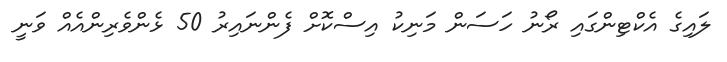
ލައިގެ އެކްޓިންގައި ރޯނު ހަސަން މަނިކު އިސްކޮށް ފެންނައިރު 50 ޅެންވެރިންއެއް ވަނީ